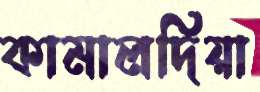
কামালদিয়া